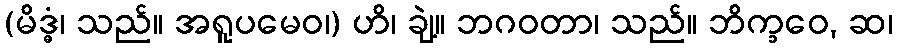
(မိဒ္ဓံ၊ သည်။ အရူပမေဝ၊) ဟိ၊ ချဲ့။ ဘဂဝတာ၊ သည်။ ဘိက္ခဝေ, ဆ၊